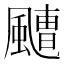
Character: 𩘤